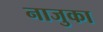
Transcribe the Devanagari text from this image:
नाजुका